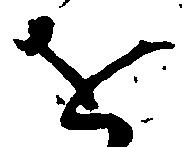
を